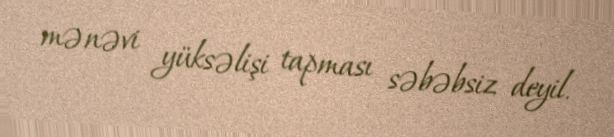
mənəvi yüksəlişi tapması səbəbsiz deyil.